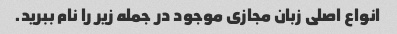
انواع اصلی زبان مجازی موجود در جمله زیر را نام ببرید.